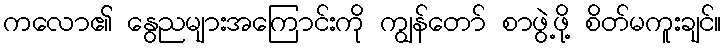
ကလော၏ နွေညများအကြောင်းကို ကျွန်တော် စာဖွဲ့ဖို့ စိတ်မကူးချင်။